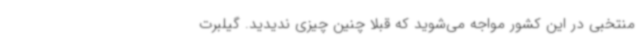
منتخبی در این کشور مواجه می‌شوید که قبلا چنین چیزی ندیدید. گیلبرت